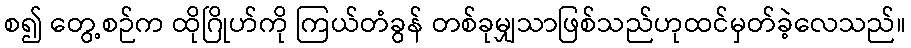
စ၍ တွေ့စဉ်က ထိုဂြိုဟ်ကို ကြယ်တံခွန် တစ်ခုမျှသာဖြစ်သည်ဟုထင်မှတ်ခဲ့လေသည်။